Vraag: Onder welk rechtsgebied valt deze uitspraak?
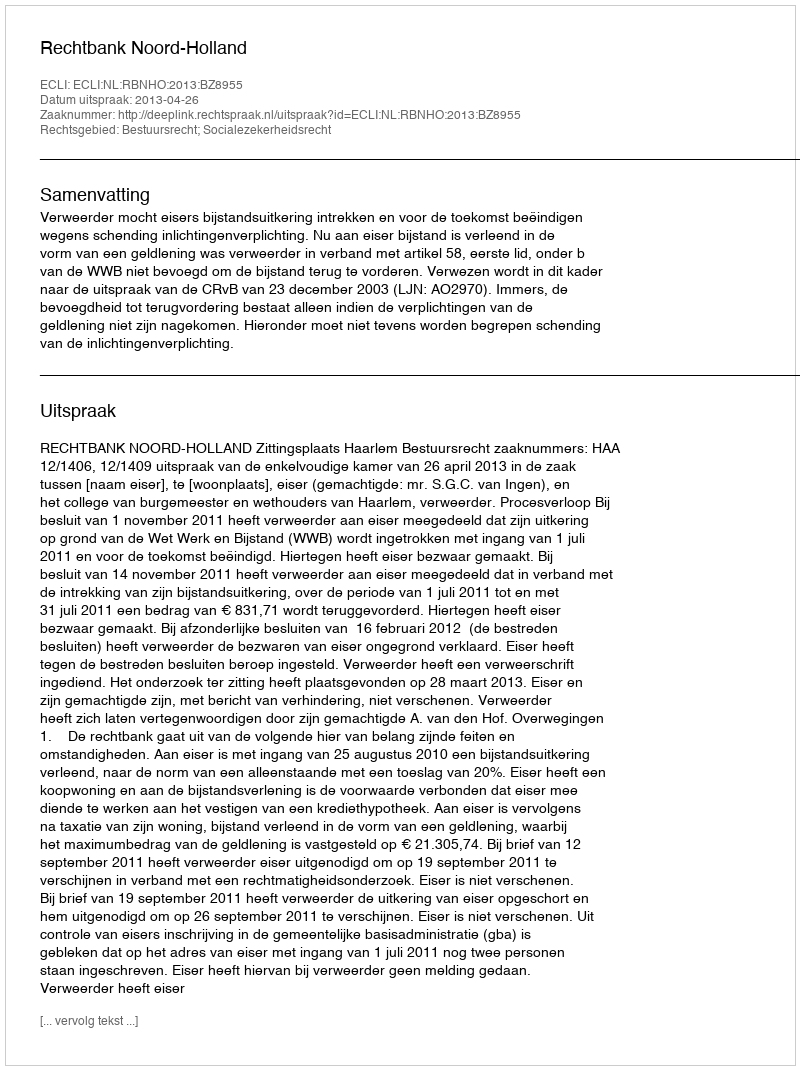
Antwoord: Bestuursrecht; Socialezekerheidsrecht